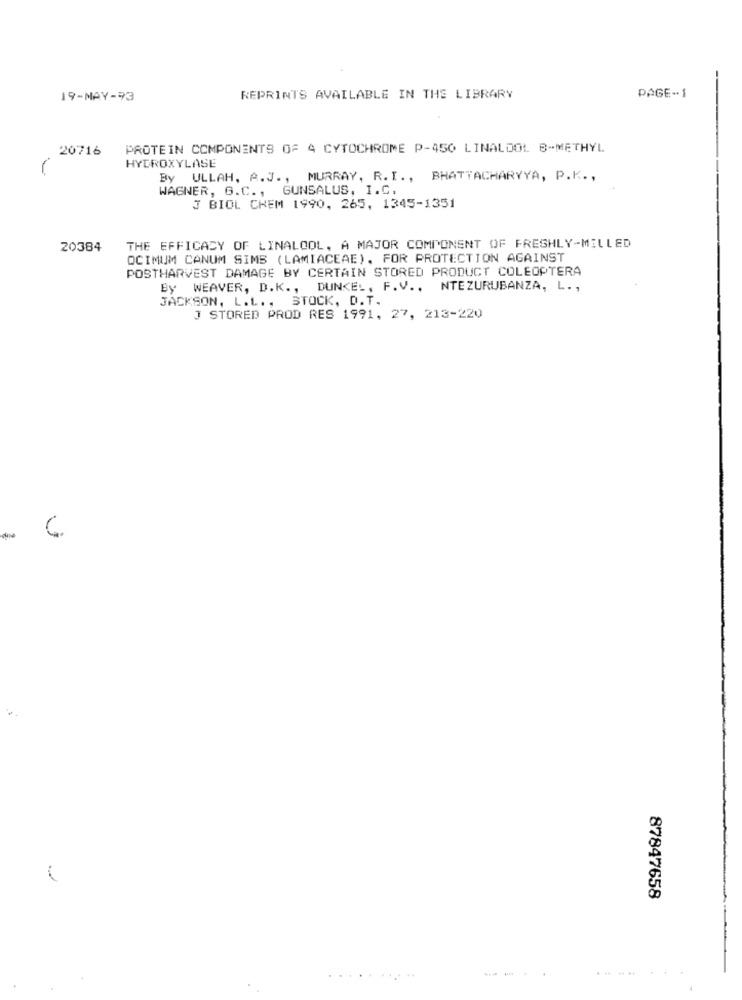
19-MAY-93
REPRINTS AVAILABLE IN THE LIBRARY
PAGE-1
20716
PROTEIN COMPONENTS OF 4 CYTOCHROME P-450 LINALOOL B-METHYL
HYDROXYLASE
By ULLAH, A.J ., MURRAY, R.I ., BHATTACHARYYA, P.K .,
WAGNER, G.C ., GUNSALUS, I.C.
J BIOL CHEM 1990, 265, 1345-1351
20384
THE EFFICACY OF LINALCOL, A MAJOR COMPONENT OF FRESHLY-MILLED
OCIMUM CANUM SIMS (LAMIACEAE), FOR PROTECTION AGAINST
POSTHARVEST DAMAGE BY CERTAIN STORED PRODUCT COLEOPTERA
By WEAVER, D.K ., DUNKEL, F. V ., NTEZURUBANZA, L .,
JACKSON, L.L. , STOCK, D.T.
J STORED PROD RES 1991, 27, 213-220
87847658
.......
..........